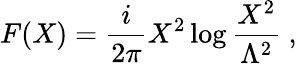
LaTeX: F(X)=\frac{i}{2\pi}X^{2}\log\frac{X^{2}}{\Lambda^{2}}\ ,